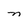
Character: n